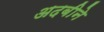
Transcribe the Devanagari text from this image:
अदबीने